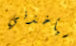
سيأخذني